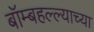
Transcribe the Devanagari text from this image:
बॉम्बहल्ल्याच्या